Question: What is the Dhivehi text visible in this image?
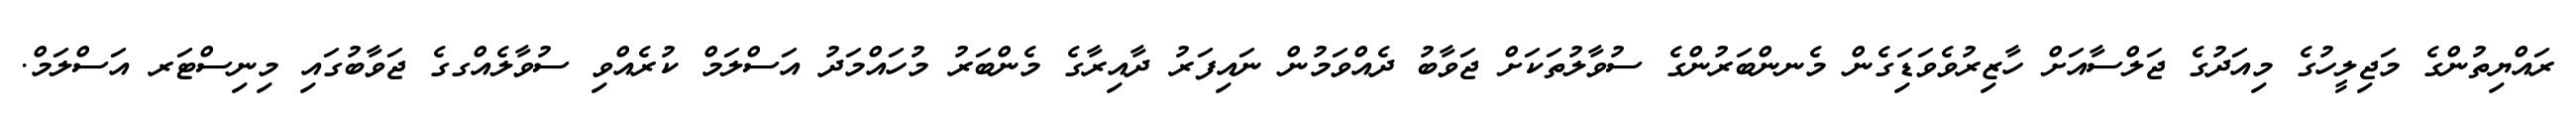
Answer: ރައްޔިތުންގެ މަޖިލީހުގެ މިއަދުގެ ޖަލްސާއަށް ހާޒިރުވެވަޑަިގެން މެނންބަރުންގެ ސުވާލުތަކަށް ޖަވާބު ދެއްވަމުން ނައިފަރު ދާއިރާގެ މެންބަރު މުހައްމަދު އަސްލަމް ކުރެއްވި ސުވާލެއްގގެ ޖަވާބުގައި މިނިސްޓަރ އަސްލަމް.